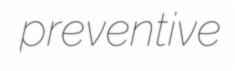
preventive